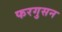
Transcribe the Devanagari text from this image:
फरगुसन